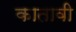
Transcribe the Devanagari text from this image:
कातावी